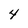
Character: 4